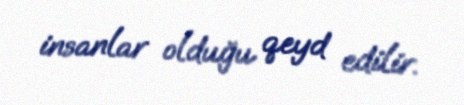
insanlar olduğu qeyd edilir.